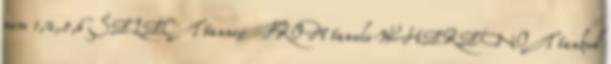
nem 1,2,5,6 SELECT tannev FROM tanulo WHERE NOT tankod